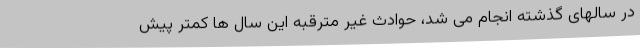
در سالهای گذشته انجام می شد، حوادث غیر مترقبه این سال ها کمتر پیش